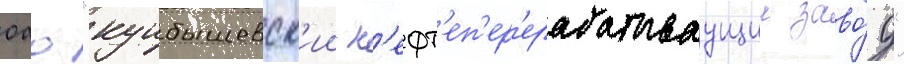
оао "куибышевск'ии н'ефт'еп'ер'ерабатываущии заво́д"